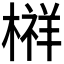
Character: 𰘔